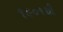
૧૯૦૧થી